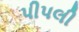
પીપલી